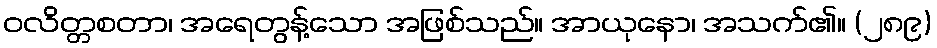
ဝလိတ္တစတာ၊ အရေတွန့်သော အဖြစ်သည်။ အာယုနော၊ အသက်၏။ (၂၈၉)